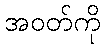
အဝတ်ကို